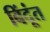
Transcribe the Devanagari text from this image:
बिंदूंत